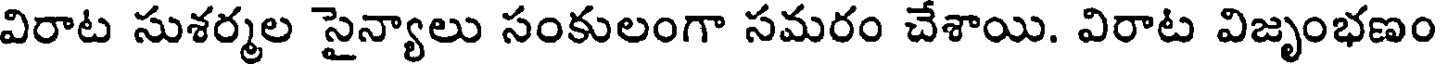
విరాట సుశర్మల సైన్యాలు సంకులంగా సమరం చేశాయి. విరాట విజృంభణం